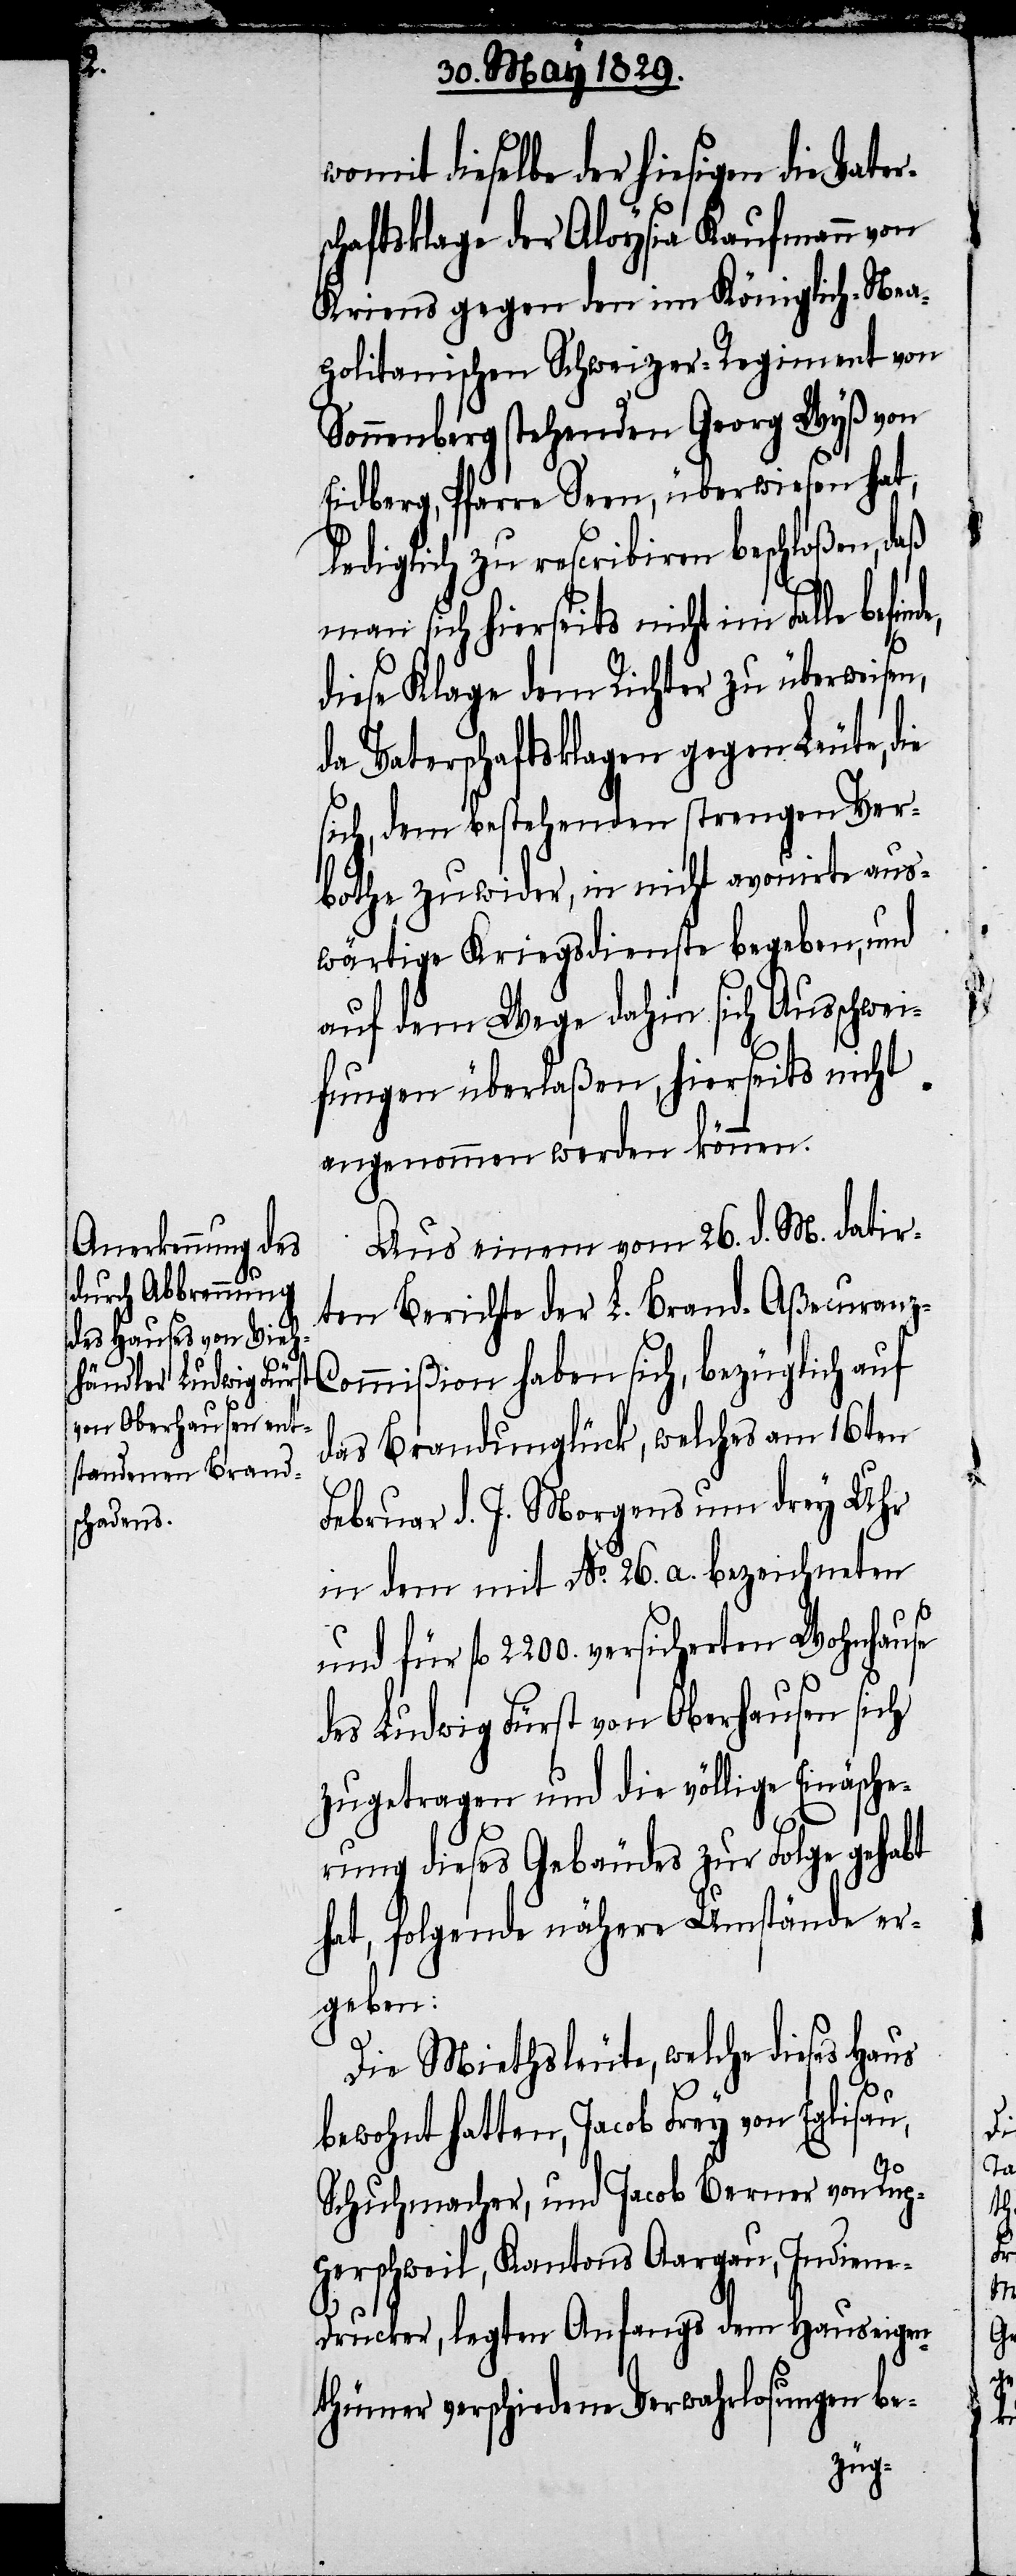
womit dieselbe der hiesigen die Vater¬
schaftsklage der Aloysia Kaufmann von
Kriens gegen den im Königlich-Nea¬
politanischen Schweizer-Regiment von
Sonnenberg stehenden Georg Wyß von
Eidberg, Pfarre Seen, überwiesen hat;
lediglich zu rescribiren beschloßen, daß
man sich hierseits nicht im Falle
diese Klage dem Richter zu überweisen,
da Vaterschaftsklagen gegen Leute,
sich, dem bestehenden strengen Ver¬
bothe zuwider, in nicht avouirte aus¬
wärtige Kriegsdienste begeben, und
auf dem Wege dahin sich Ausschwei¬
fungen überlaßen, hierseits nicht
angenommen werden können.
Aus einem vom 26. d. M. datir¬
ten Bericht der L. Brand-Aßecuran¬
z-Commißion haben sich, bezüglich auf
das Brandunglück, welches am 16ten
Februar d. J. Morgens um drey Uhr
in dem mit No. 26. a. bezeichneten
und für fl. 2200. versicherten Wohnhause
des Ludwig Fürst von Oberhausen sich
zugetragen und die völlige Einäsche¬
rung dieses Gebäudes zur Folge gehabt
hat, folgende nähere Umstände er¬
geben:
Die Miethsleute, welche dieses Haus
bewohnt hatten, Jacob Frey von Eglisau,
Schuhmacher, und Jacob Berner von Rup¬
perschweil, Kantons Aargau, Indien¬
e-Drucker, legten Anfangs dem Hauseigen¬
thümer verschiedene Verwahrlosungen be-